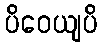
ပိဝေယျပိ